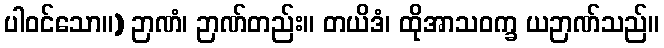
ပါဝင်သော။) ဉာဏံ၊ ဉာဏ်တည်း။ တယိဒံ၊ ထိုအာသဝက္ခ ယဉာဏ်သည်။